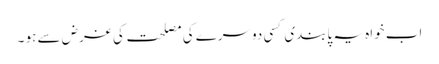
اب خواہ یہ پابندی کسی دوسرے کی مصلحت کی غرض سے ہو ۔